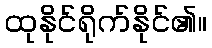
ထုနိုင်ရိုက်နိုင်၏။